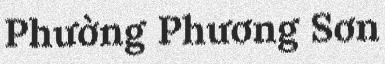
Phường Phương Sơn